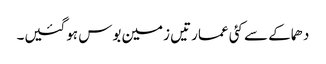
دھماکے سے کئی عمارتیں زمین بوس ہوگئیں۔